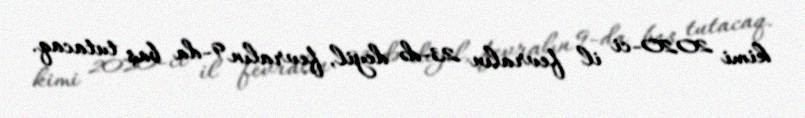
kimi 2020-ci il fevralın 23-də deyil, fevralın 9-da baş tutacaq.